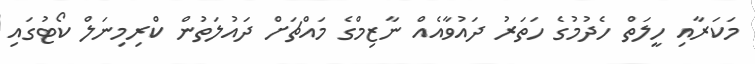
މަކަރާއި ހީލަތް ހެދުމުގެ ހަތަރު ދައުވާއެއް ނާޒިމްގެ މައްޗަށް ދައުލަތުން ކްރިމިނަލް ކޯޓުގައި